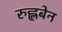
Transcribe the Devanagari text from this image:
रुह्लबेन